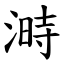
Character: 溡